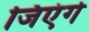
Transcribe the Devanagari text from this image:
जिएंगे